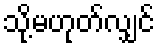
သို့မဟုတ်လျှင်